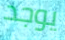
يوجد